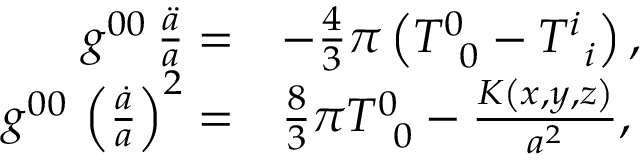
\begin{array} { r l } { g ^ { 0 0 } \, \frac { \ddot { a } } { a } = } & { - \frac { 4 } { 3 } \pi \left( T _ { \, \, \, 0 } ^ { 0 } - T _ { \, \, \, i } ^ { i } \right) , } \\ { g ^ { 0 0 } \, \left( \frac { \dot { a } } { a } \right) ^ { 2 } = } & { \frac { 8 } { 3 } \pi T _ { \, \, \, 0 } ^ { 0 } - \frac { K \left( x , y , z \right) } { a ^ { 2 } } , } \end{array}